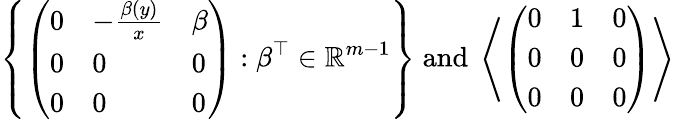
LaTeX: \left\{ \left(\begin{array}{lll}{0}&{-\frac{\beta(y)}{x}}&{\beta}\\ {0}&{0}&{0}\\ {0}&{0}&{0}\end{array}\right):\beta^{\top}\in\mathbb{R}^{m-1}\right\} \mathrm{~and~}\left\langle\left(\begin{array}{lll}{0}&{1}&{0}\\ {0}&{0}&{0}\\ {0}&{0}&{0}\end{array}\right)\right\rangle